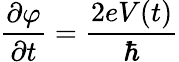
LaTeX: {\frac{\partial\varphi}{\partial t}}={\frac{2eV(t)}{\hbar}}